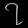
Digit: ၇